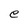
Character: e